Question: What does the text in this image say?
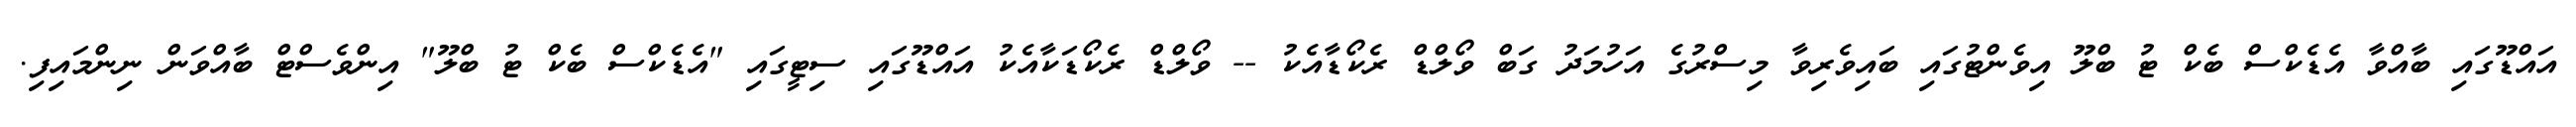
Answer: އައްޑޫގައި ބާއްވާ އެޑެކްސް ބެކް ޓު ބްލޫ އިވެންޓުގައި ބައިވެރިވާ މިސްރުގެ އަހުމަދު ގަބް ވޯލްޑް ރެކޯޑާއެކު -- ވޯލްޑް ރެކޯޑަކާއެކު އައްޑޫގައި ސިޓީގައި "އެޑެކްސް ބެކް ޓު ބްލޫ" އިންވެސްޓް ބާއްވަން ނިންމައިފި.